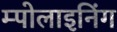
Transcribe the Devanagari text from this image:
म्पोलाइनिंग